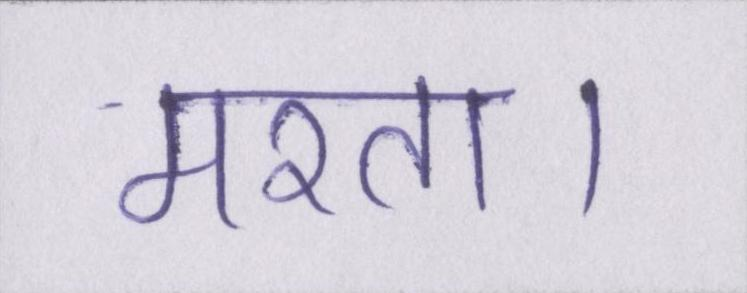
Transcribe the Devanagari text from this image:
मरता।